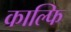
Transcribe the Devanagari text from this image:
काल्फि